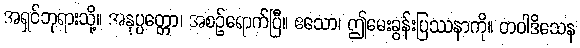
အရှင်ဘုရားသို့။ အနုပ္ပတ္တော၊ အစဉ်ရောက်ပြီ။ ဧသော၊ ဤမေးခွန်းပြဿနာကို။ တဝါဒိသေန